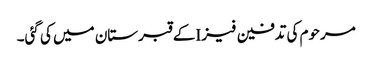
مرحوم کی تدفین فیز Iکے قبرستان میں کی گئی۔